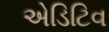
એડિટિવ